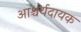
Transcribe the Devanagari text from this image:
आश्चर्यदायक